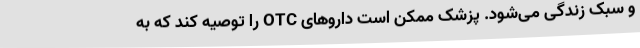
و سبک زندگی می‌شود. پزشک ممکن است دارو‌های OTC را توصیه کند که به